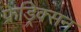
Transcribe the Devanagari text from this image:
फ्रेड्रिक्सन